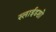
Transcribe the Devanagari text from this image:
स्लाईडशो